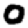
Digit: 0